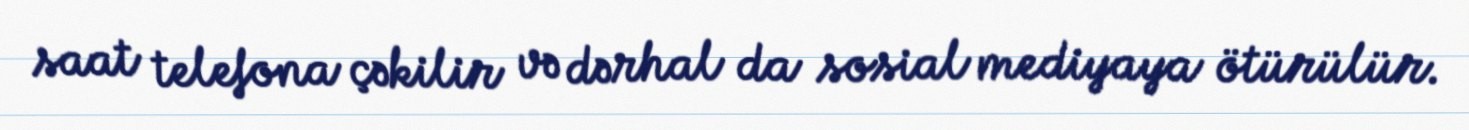
saat telefona çəkilir və dərhal da sosial mediyaya ötürülür.